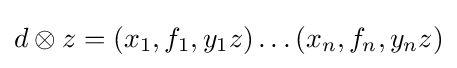
d\otimes z=(x_{1},f_{1},y_{1}z)\dots (x_{n},f_{n},y_{n}z)